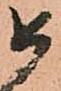
如